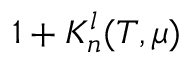
1 + K _ { n } ^ { l } ( T , \mu )